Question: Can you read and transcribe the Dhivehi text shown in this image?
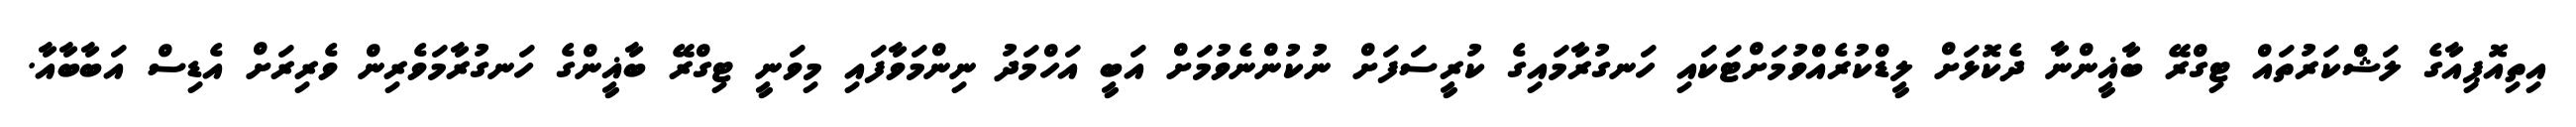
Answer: އިތިއޮޕިއާގެ ލަޝްކަރުތައް ޓިގްރޭ ބާޣީންނާ ދެކޮޅަށް ލީޑްކުރެއްވުމަށްޓަކައި ހަނގުރާމައިގެ ކުރީސަފަށް ނުކުންނެވުމަށް އަބީ އަހްމަދު ނިންމަވާފައި މިވަނީ ޓިގްރޭ ބާޣީންގެ ހަނގުރާމަވެރިން ވެރިރަށް އެޑިސް އަބާބާއާ.